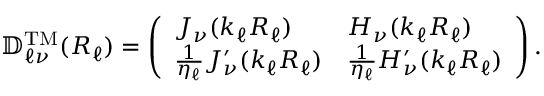
\mathbb { D } _ { \ell \nu } ^ { \mathrm { T M } } ( R _ { \ell } ) = \left( \begin{array} { l l } { J _ { \nu } ( k _ { \ell } R _ { \ell } ) } & { H _ { \nu } ( k _ { \ell } R _ { \ell } ) } \\ { \frac { 1 } { \eta _ { \ell } } J _ { \nu } ^ { \prime } ( k _ { \ell } R _ { \ell } ) } & { \frac { 1 } { \eta _ { \ell } } H _ { \nu } ^ { \prime } ( k _ { \ell } R _ { \ell } ) } \end{array} \right) .